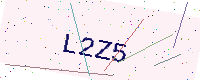
Text: L2Z5